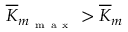
\overline { { K } } _ { m _ { \mathrm { ~ m ~ a ~ x ~ } } } > \overline { { K } } _ { m }